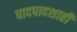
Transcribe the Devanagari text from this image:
पादपादशाही